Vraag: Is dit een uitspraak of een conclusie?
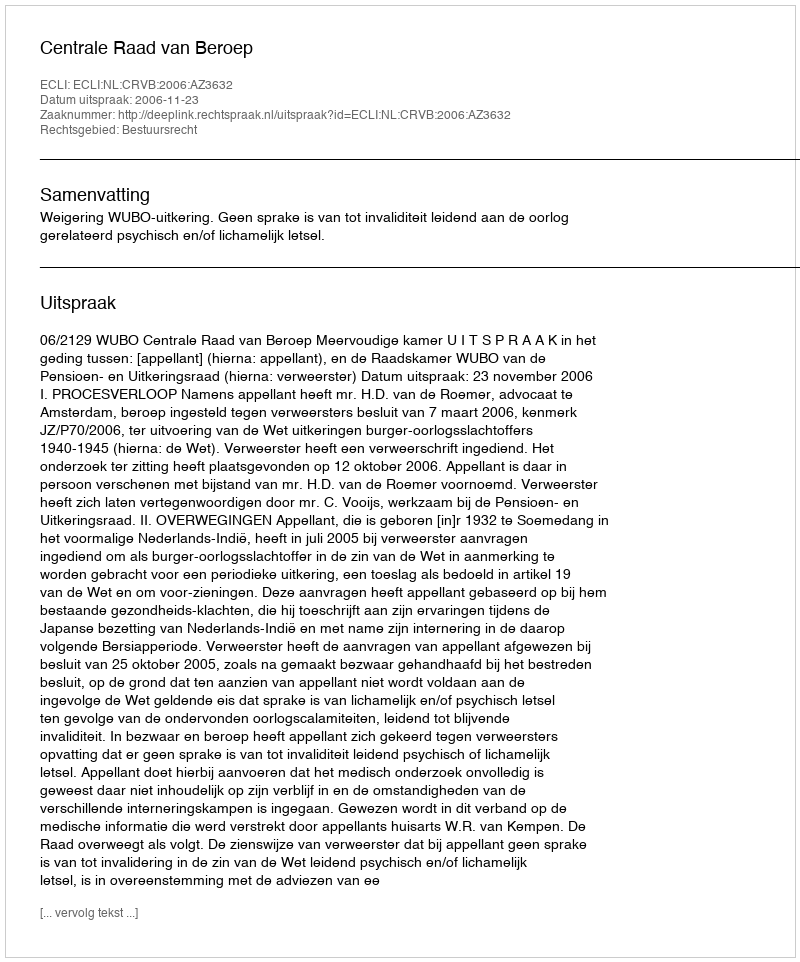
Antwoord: Uitspraak